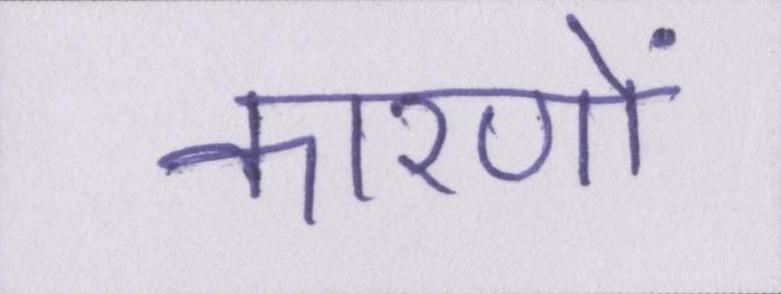
कारणों